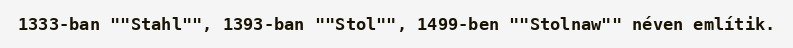
1333-ban ""Stahl"", 1393-ban ""Stol"", 1499-ben ""Stolnaw"" néven említik.